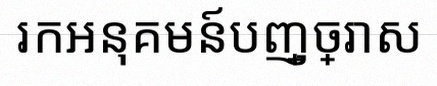
រកអនុគមន៍បញ្ច្រាស